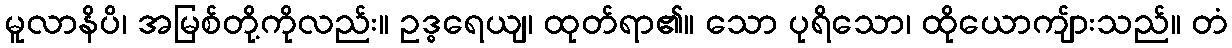
မူလာနိပိ၊ အမြစ်တို့ကိုလည်း။ ဥဒ္ဓရေယျ၊ ထုတ်ရာ၏။ သော ပုရိသော၊ ထိုယောကျ်ားသည်။ တံ